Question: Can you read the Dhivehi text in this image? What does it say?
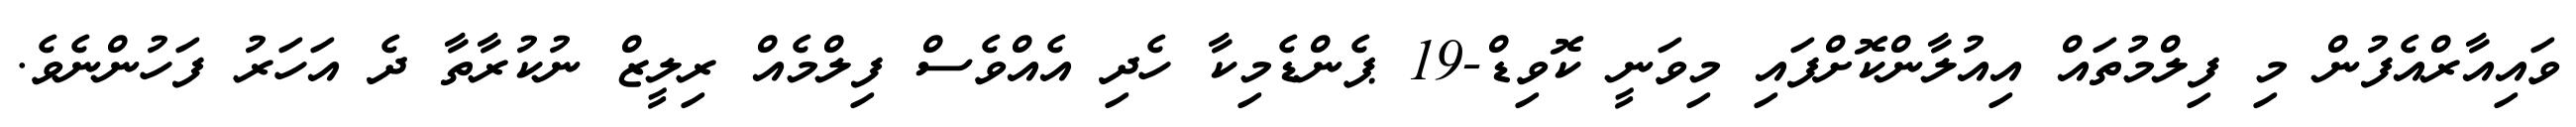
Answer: ވައިއާރްއެފުން މި ފިލްމުތައް އިއުލާންކޮށްފައި މިވަނީ ކޮވިޑް-19 ޕެންޑެމިކާ ހެދި އެއްވެސް ފިލްމެއް ރިލީޒް ނުކުރާތާ ދެ އަހަރު ފަހުންނެވެ.